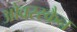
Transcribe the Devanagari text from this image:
ओवरस्कैन